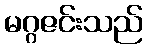
မဂ္ဂဇင်းသည်